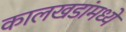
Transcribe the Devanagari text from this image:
कालखडांमध्ये